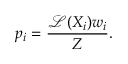
p _ { i } = \frac { \mathcal { L } ( X _ { i } ) w _ { i } } { Z } .